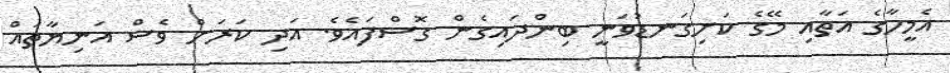
އެމީހާގެ އަތާއި މޭގެ ކަށިގަނޑުވަނީ ބިންދައިގެން ގޮސްފައެވެ. އަދި ކަރަށް ވެސް އަނިޔާތައް